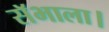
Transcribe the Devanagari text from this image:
सॅभाला।